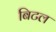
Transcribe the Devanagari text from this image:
बिटल